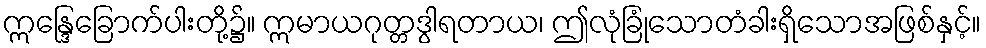
ဣန္ဒြေခြောက်ပါးတို့၌။ ဣမာယဂုတ္တဒွါရတာယ၊ ဤလုံခြုံသောတံခါးရှိသောအဖြစ်နှင့်။